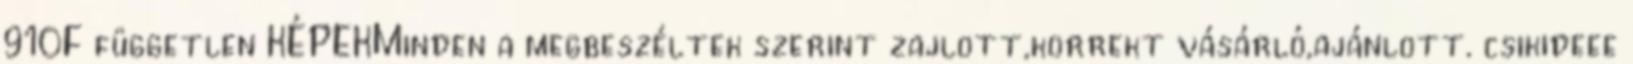
910F független KÉPEKMinden a megbeszéltek szerint zajlott,korrekt vásárló,ajánlott. csikideee